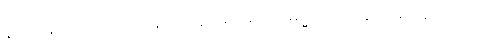
နိရောဓသမာပါတ်ဝ်ပြခြင်းဟုဆိုအပ်သော။ ဓမ္မဒေသနေ၊ တရားဟောရာ၌။